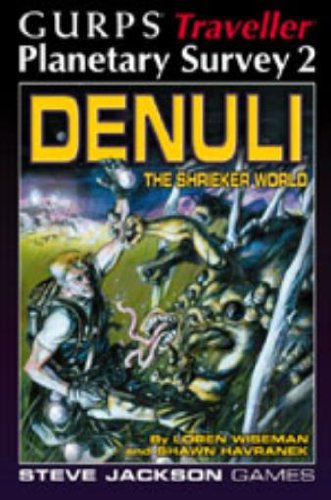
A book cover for GURPS Traveller Planetary Survey 2: Denuli, The Shrieker World; Loren Wiseman; Science Fiction & Fantasy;